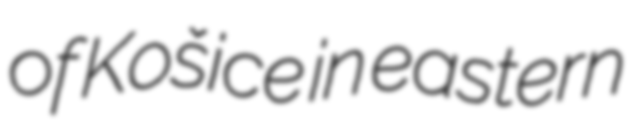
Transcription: of Košice in eastern